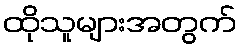
ထိုသူများအတွက်